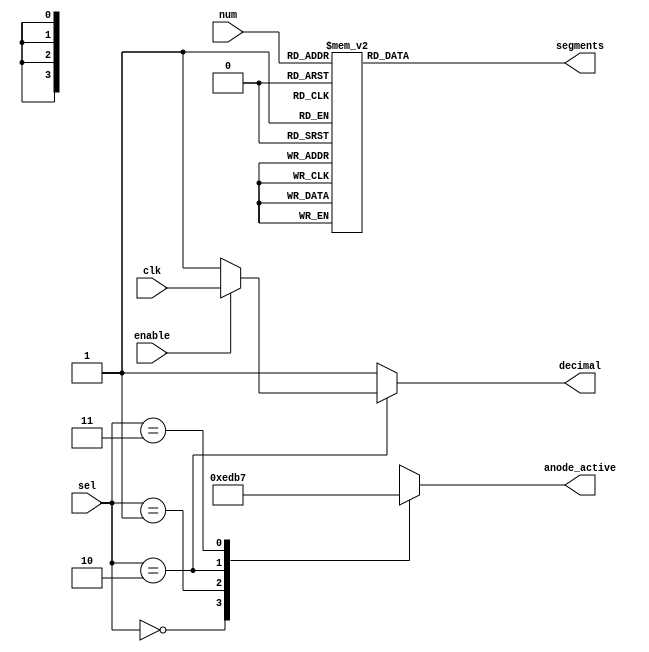
`timescale 1ns / 1ps
//////////////////////////////////////////////////////////////////////////////////
// Company: 
// Engineer: 
// 
// Design Name: 
// Module Name: BCD
// Project Name: 
// Target Devices: 
// Tool Versions: 
// Description: 
// 
// Dependencies: 
// 
// Revision:
// Revision 0.01 - File Created
// Additional Comments:
// 
//////////////////////////////////////////////////////////////////////////////////
module BCD(input [3:0] num,  input [1:0] sel,  output reg [3:0] anode_active, output reg [6:0] segments, output reg decimal, input enable, input clk);

always @ (*) begin
        
        decimal = (sel == 2'b10) ? (enable ? clk : 1) : (1'b1);
        case(sel)
            2'b00: anode_active = 4'b1110;
            2'b01: anode_active = 4'b1101;
            2'b10: anode_active = 4'b1011;
            2'b11: anode_active = 4'b0111;
            default: anode_active = 4'b0000;
        endcase
        
    
    case(num)
        4'b0000: segments = 7'b0000001; 
        4'b0001: segments = 7'b1001111; 
        4'b0010: segments = 7'b0010010;
        4'b0011: segments = 7'b0000110; 
        4'b0100: segments = 7'b1001100; 
        4'b0101: segments = 7'b0100100; 
        4'b0110: segments = 7'b0100000; 
        4'b0111: segments = 7'b0001111; 
        4'b1000: segments = 7'b0000000;
        4'b1001: segments = 7'b0000100; 
        4'b1010: segments = 7'b0001000; 
        4'b1011: segments = 7'b1100000; 
        4'b1100: segments = 7'b0110001; 
        4'b1101: segments = 7'b1000010; 
        4'b1110: segments = 7'b0110000; 
        4'b1111: segments = 7'b0111000; 
        default: segments = 7'b1111111; 
    endcase
  
end

endmodule